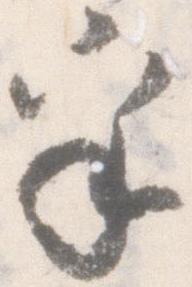
乎